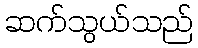
ဆက်သွယ်သည်